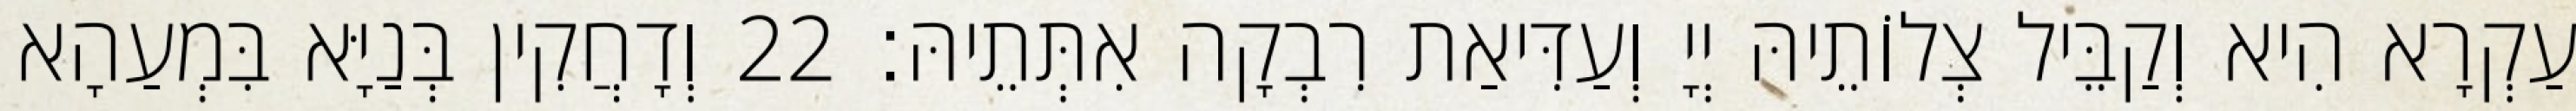
עַקְרָא הִיא וְקַבֵּיל צְלוֹתֵיהּ יְיָ וְעַדִּיאַת רִבְקָה אִתְּתֵיהּ׃ 22 וְדָחֲקִין בְּנַיָּא בִּמְעַהָא